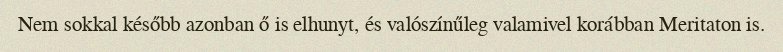
Nem sokkal később azonban ő is elhunyt, és valószínűleg valamivel korábban Meritaton is.